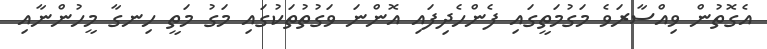
އެގޮތުން ވިއްސާރަވެ މަގުމަތީގައި ފެންހެދިފައި އޮންނަ ވަގުތުތަކުގައި މަގު މަތީ ހިނގާ މީހުންނާއި